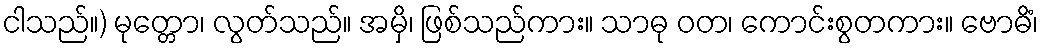
ငါသည်။) မုတ္တော၊ လွတ်သည်။ အမှိ၊ ဖြစ်သည်ကား။ သာဓု ဝတ၊ ကောင်းစွတကား။ ဗောဓိံ၊